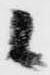
候